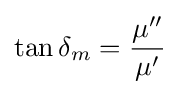
\tan \delta _{m}={\frac {\mu ''}{\mu '}}